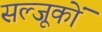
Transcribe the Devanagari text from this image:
सल्जूकों